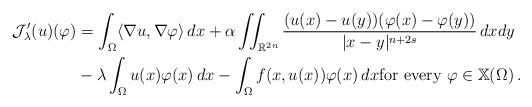
LaTeX: \begin{align*}\mathcal{J}_{\lambda}'(u)(\varphi) &= \int_{\Omega}\langle \nabla u, \nabla \varphi\rangle \, dx + \alpha \iint_{\mathbb{R}^{2n}}\dfrac{(u(x)-u(y))(\varphi(x)-\varphi(y))}{|x-y|^{n+2s}}\, dxdy \\&- \lambda \int_{\Omega}u(x)\varphi(x) \, dx- \int_{\Omega}f(x,u(x))\varphi(x)\, dx \textrm{for every }\varphi \in \mathbb{X}(\Omega)\,.\end{align*}